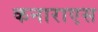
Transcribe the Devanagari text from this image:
कनाराएस